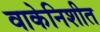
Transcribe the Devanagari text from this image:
वाकेनिशीत